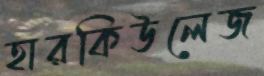
হারকিউলেজ